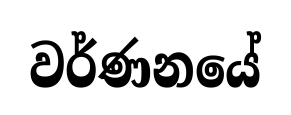
වර්ණනයේ